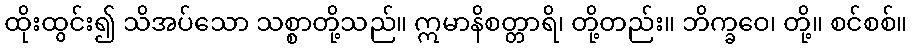
ထိုးထွင်း၍ သိအပ်သော သစ္စာတို့သည်။ ဣမာနိစတ္တာရိ၊ တို့တည်း။ ဘိက္ခဝေ၊ တို့။ စင်စစ်။